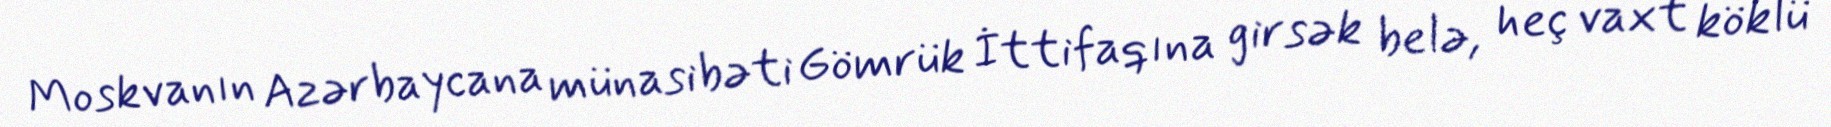
Moskvanın Azərbaycana münasibəti Gömrük İttifaqına girsək belə, heç vaxt köklü